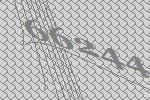
66244